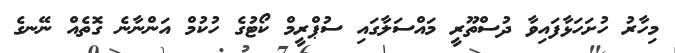
މިހާރު ހުށަހަޅާފައިވާ ދުސްތޫރީ މައްސަލާގައި ސުޕްރީމް ކޯޓުގެ ހުކުމް އަންނާނެ ގޮތެއް ނޭނގެ